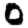
Digit: 0